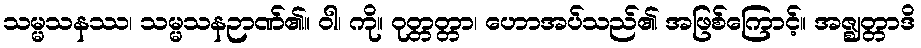
သမ္မသနဿ၊ သမ္မသနဉာဏ်၏။ ဝါ၊ ကို။ ဝုတ္တတ္တာ၊ ဟောအပ်သည်၏ အဖြစ်ကြောင့်။ အဇ္ဈတ္တာဒိ